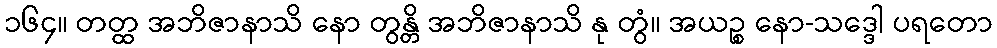
၁၆၄။ တတ္ထ အဘိဇာနာသိ နော တွန္တိ အဘိဇာနာသိ နု တွံ။ အယဉ္စ နော-သဒ္ဒေါ ပရတော